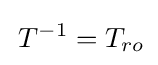
\,T^{-1}=T_{ro}